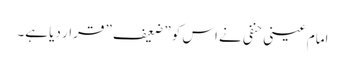
امام عینی حنفی نے اس کو ” ضعیف ” قرار دیا ہے۔